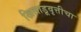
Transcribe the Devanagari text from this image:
खिलाडूवृत्तीचा